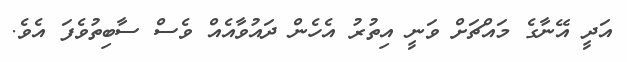
އަދީ އޭނާގެ މައްޗަށް ވަނީ އިތުރު އެހެން ދައުވާއެއް ވެސް ސާބިތުވެފަ އެވެ.